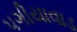
પગીયાવાડ